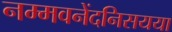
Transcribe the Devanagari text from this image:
नम्मवनेंदनिसयया